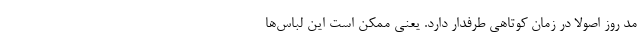
مد روز اصولاً در زمان کوتاهی طرفدار دارد. یعنی ممکن است این لباس‌ها